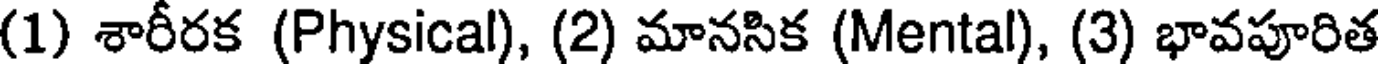
(1) శారీరక (Physical), (2) మానసిక (Mental), (3) భావపూరిత